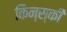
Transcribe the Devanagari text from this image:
किन्स्की